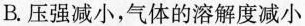
B.压强减小，气体的溶解度减小